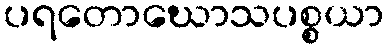
ပရတောဃောသပစ္စယာ